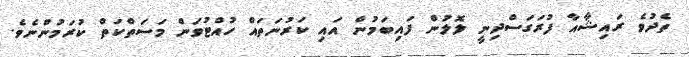
ތެދުވެ ރައިޝާއާ ފުރަގަސްދިނީ ލޮލުން ފައިބަމުން އައި ކަރުނަތައް ހުއްޓުވަން މަސަތްކަތް ކުރަމުންނެވެ.